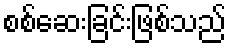
စစ်ဆေးခြင်းဖြစ်သည်